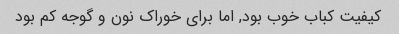
کیفیت کباب خوب بود, اما برای خوراک نون و گوجه کم بود